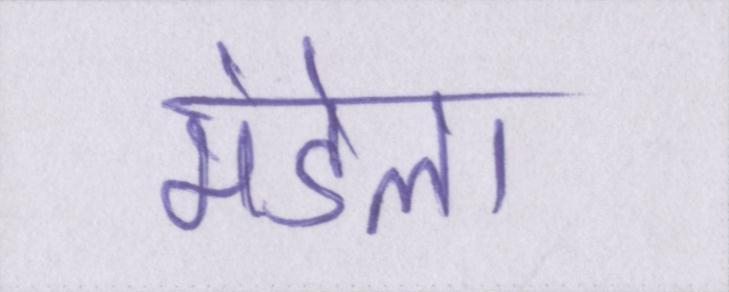
मंडेला